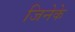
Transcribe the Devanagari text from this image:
जिनेके